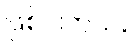
ဖြစ်ပါတယ်။